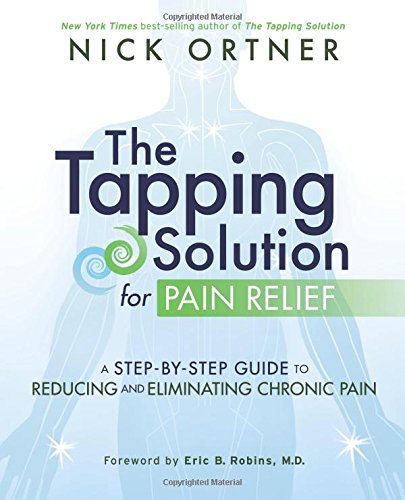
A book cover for The Tapping Solution for Pain Relief: A Step-by-Step Guide to Reducing and Eliminating Chronic Pain; Nick Ortner; Health, Fitness & Dieting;